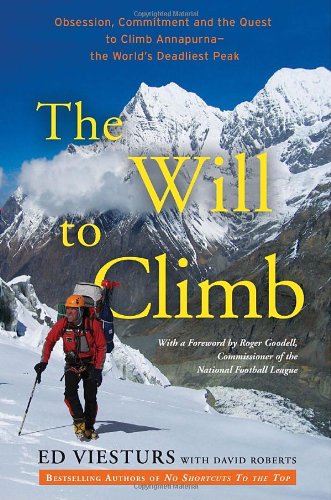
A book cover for The Will to Climb: Obsession and Commitment and the Quest to Climb Annapurna--the World's Deadliest Peak; Ed Viesturs; Travel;